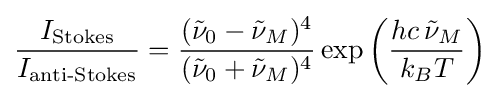
{\frac {I_{\text{Stokes}}}{I_{\text{anti-Stokes}}}}={\frac {({\tilde {\nu }}_{0}-{\tilde {\nu }}_{M})^{4}}{({\tilde {\nu }}_{0}+{\tilde {\nu }}_{M})^{4}}}\exp \left({\frac {hc\,{\tilde {\nu }}_{M}}{k_{B}T}}\right)